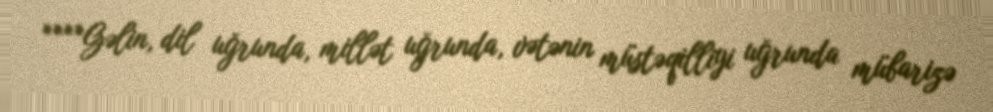
****Gəlin, dil uğrunda, millət uğrunda, vətənin müstəqilliyi uğrunda mübarizə